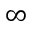
\infty